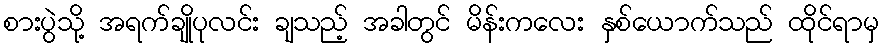
စားပွဲသို့ အရက်ချိုပုလင်း ချသည့် အခါတွင် မိန်းကလေး နှစ်ယောက်သည် ထိုင်ရာမှ